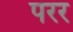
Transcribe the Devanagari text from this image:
परर